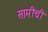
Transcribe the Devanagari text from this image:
सामीची